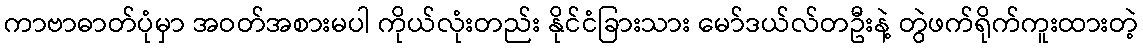
ကာဗာဓာတ်ပုံမှာ အဝတ်အစားမပါ ကိုယ်လုံးတည်း နိုင်ငံခြားသား မော်ဒယ်လ်တဦးနဲ့ တွဲဖက်ရိုက်ကူးထားတဲ့